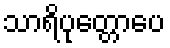
သာရိပုတ္တောပေ